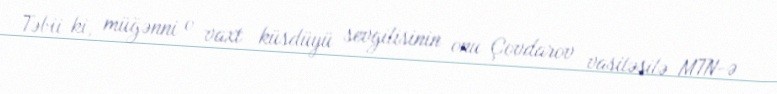
Təbii ki, müğənni o vaxt küsdüyü sevgilisinin onu Çovdarov vasitəsilə MTN-ə